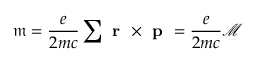
\mathfrak { m } = \frac { e } { 2 m c } \sum \textbf { r } \times \textbf { p } = \frac { e } { 2 m c } \mathcal { M }